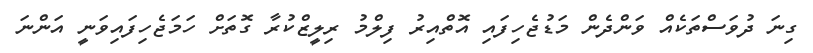
ގިނަ ދުވަސްތަކެއް ވަންދެން މަޑުޖެހިފައި އޮތްއިރު ފިލްމު ރިލީޒްކުރާ ގޮތަށް ހަމަޖެހިފައިވަނީ އަންނަ